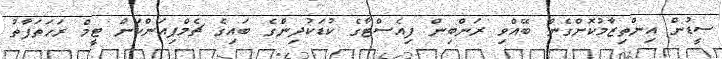
ސީޑުން އިންތިޒާމުކޮށްގެން ބޭއްވި ރަންބިން ފިއެސްޓާގެ ކުޑަކުދިންގެ ބައިގެ ޗެމްޕިއަންކަން ޓީމް ރަހަތަފާތު